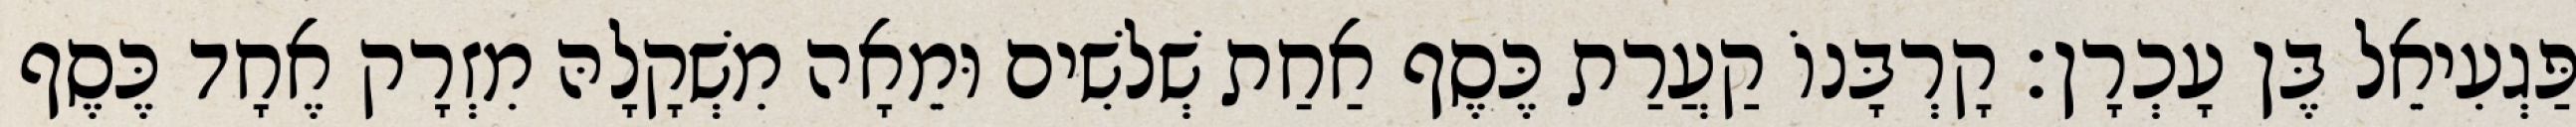
פַּגְעִיאֵל בֶּן עָכְרָן׃ קָרְבָּנוֹ קַעֲרַת כֶּסֶף אַחַת שְׁלשִׁים וּמֵאָה מִשְׁקָלָהּ מִזְרָק אֶחָד כֶּסֶף